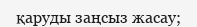
қаруды заңсыз жасау;